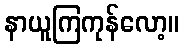
နာယူကြကုန်လော့။